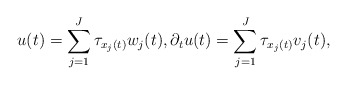
\begin{align*}u(t) = \sum\limits_{j = 1}^J {{\tau _{{x_j}(t)}}} {w_j}(t),{\rm{ }}{\partial _t}u(t) = \sum\limits_{j = 1}^J {{\tau _{{x_j}(t)}}} {v_j}(t),\end{align*}